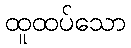
ထူထပ်သော